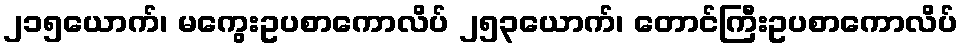
၂၁၅ယောက်၊ မကွေးဥပစာကောလိပ် ၂၅၃ယောက်၊ တောင်ကြီးဥပစာကောလိပ်